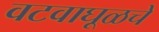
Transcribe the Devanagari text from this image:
वटवाघूळचे